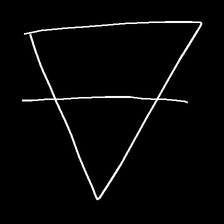
Glyph: empower